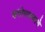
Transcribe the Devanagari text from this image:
कलोपासकाचे